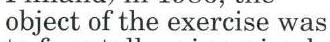
object of the exercise was